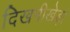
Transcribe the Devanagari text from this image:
दिखनीखेड़ा